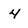
Character: 4